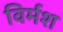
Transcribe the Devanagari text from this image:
विर्मश